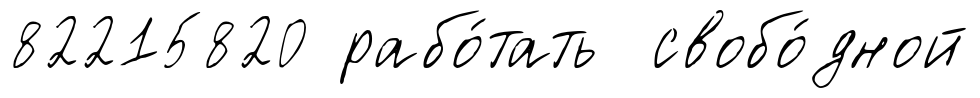
82215820 рабо́тать свобо́дной